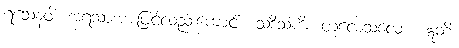
ရသေနဝါ၊ အရသာအားဖြင့်လည်းကောင်း။ သဒိသံကိံ၊ တူလေသလော။ ဣတိ၊